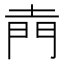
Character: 𮤇